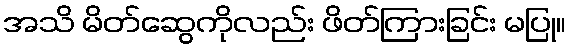
အသိ မိတ်ဆွေကိုလည်း ဖိတ်ကြားခြင်း မပြု။